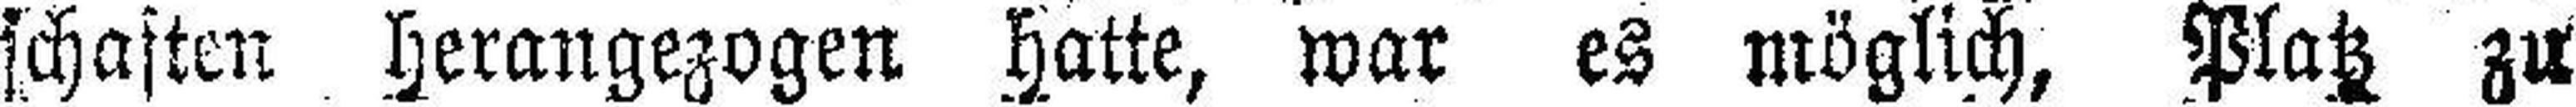
schaften herangezogen hatte, war es möglich, Platz zu